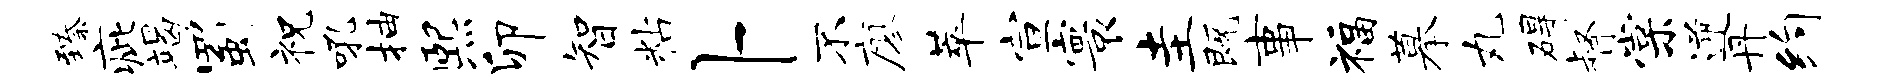
臻疵竭蜀祝吼抽熙卯智粘卜不廖萃宣寰圭既事福摹丸碍督棠逆丹约